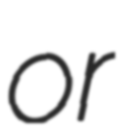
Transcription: or